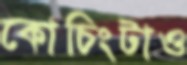
কোচিংটাও